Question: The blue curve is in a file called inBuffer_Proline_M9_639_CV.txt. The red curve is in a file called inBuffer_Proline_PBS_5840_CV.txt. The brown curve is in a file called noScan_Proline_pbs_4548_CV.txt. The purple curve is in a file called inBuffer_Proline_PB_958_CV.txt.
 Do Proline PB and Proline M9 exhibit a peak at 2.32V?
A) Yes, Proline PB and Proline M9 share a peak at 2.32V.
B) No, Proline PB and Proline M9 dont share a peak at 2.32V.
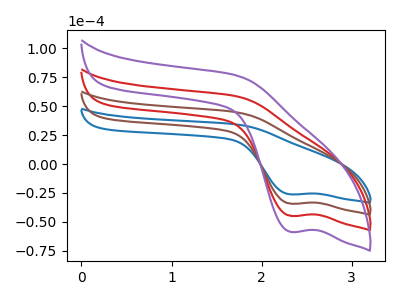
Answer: <think>The blue curve "Proline M9" has a cathodic peak at: (2.30V, -26.20uA). The red curve "Proline PBS" has a cathodic peak at: (2.30V, -68.55uA). The brown curve "Proline pbs" has a cathodic peak at: (2.30V, -34.30uA). The purple curve "Proline PB" has a cathodic peak at: (2.30V, -102.85uA).</think>
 <answer>A) Yes, "Proline PB" and "Proline M9" share a peak at 2.32V.</answer>
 <eval>A</eval>